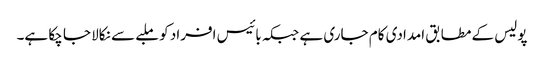
پولیس کے مطابق امدادی کام جاری ہے جبکہ بائیس افراد کو ملبے سے نکالا جا چکا ہے۔